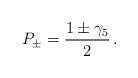
LaTeX: \begin{align*}P_\pm={1\pm\gamma_5\over2}\,. \end{align*}